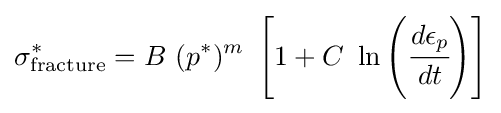
\sigma _{\rm {fracture}}^{*}=B~(p^{*})^{m}~\left[1+C~\ln \left({\cfrac {d\epsilon _{p}}{dt}}\right)\right]